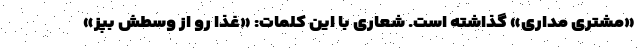
«مشتری مداری» گذاشته است. شعاری با این کلمات: «غذا رو از وسطش بپز»